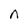
Character: n